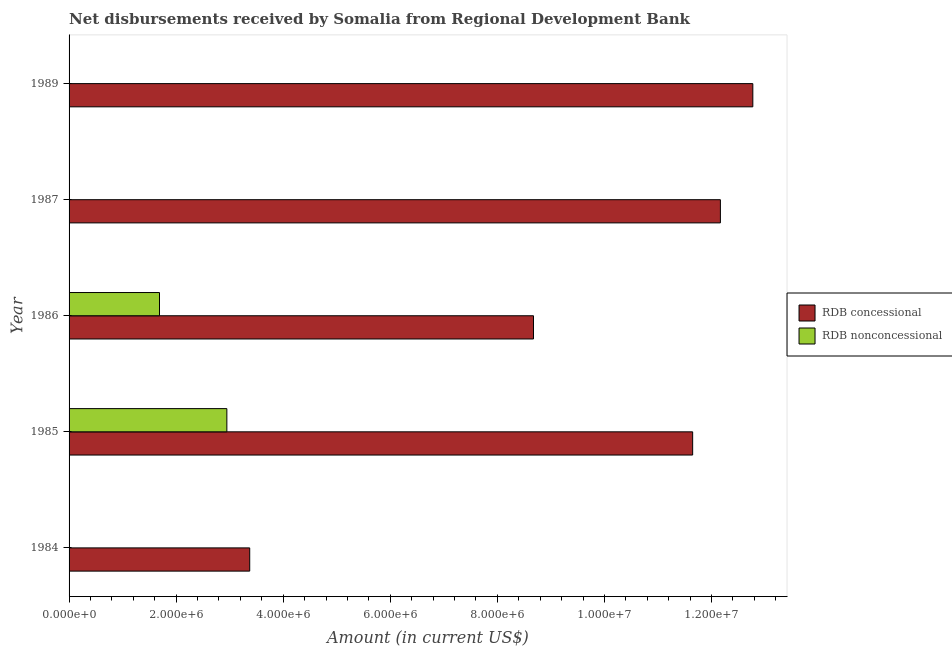
| Year | RDB concessional | RDB nonconcessional |
 | --- | --- | --- |
 | 1984 | 3.37e+06 | -4.59e+05 |
 | 1985 | 1.16e+07 | 2.95e+06 |
 | 1986 | 8.67e+06 | 1.69e+06 |
 | 1987 | 1.22e+07 | -6.34e+05 |
 | 1989 | 1.28e+07 | -2.12e+06 |